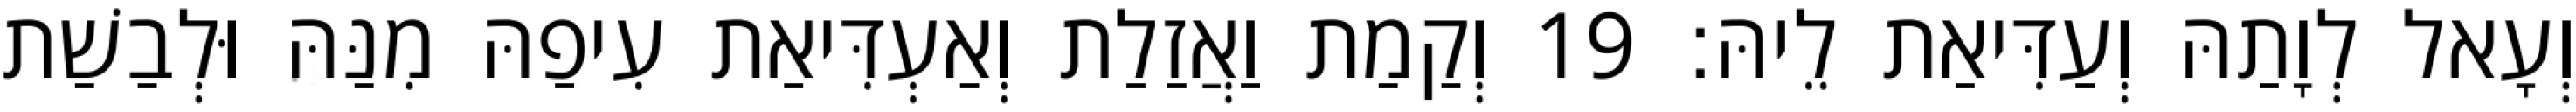
וְעָאל לְוָתַהּ וְעַדִּיאַת לֵיהּ׃ 19 וְקַמַת וַאֲזַלַת וְאַעְדִּיאַת עִיפַהּ מִנַּהּ וּלְבַשַׁת